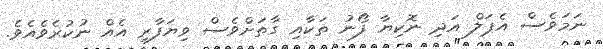
ނަމަވެސް އެޕަލް އަދި ނޮކިޔާ ފޯނު ތަކާއި ގާތަށްވެސް ވިޔަފާރި އެއް ނުކުރެވެއެވެ.